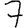
Digit: 7